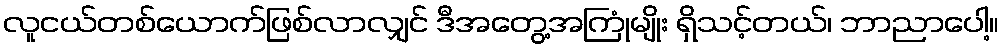
လူငယ်တစ်ယောက်ဖြစ်လာလျှင် ဒီအတွေ့အကြုံမျိုး ရှိသင့်တယ်၊ ဘာညာပေါ့။